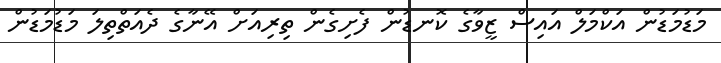
މަޑުމަޑުން އަކްމަލް އައިސް ޒީވާގެ ކޮނޑުން ފެށިގެން ތިރިއަށް އޭނާގެ ދެއަތްތިލަ މަޑުމަޑުން